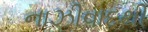
નાઝીવાદથી